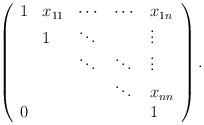
LaTeX: \begin{align*}\left( \begin{array}{lllll} 1 & x_{11} & \cdots & \cdots & x_{1 n} \\ & 1 & \ddots & & \vdots \\ & & \ddots & \ddots & \vdots \\ & & & \ddots & x_{n n} \\ 0 & & & & 1 \\ \end{array} \right).\end{align*}